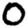
Digit: 0